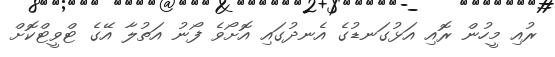
ރުއި މީހުން ރޮއި އަޅުގަނޑުގެ އެނދުގައި އޮށޯވެ ފޯނު އަތުލާ އޭގެ ޓްވީޓްކޮށް